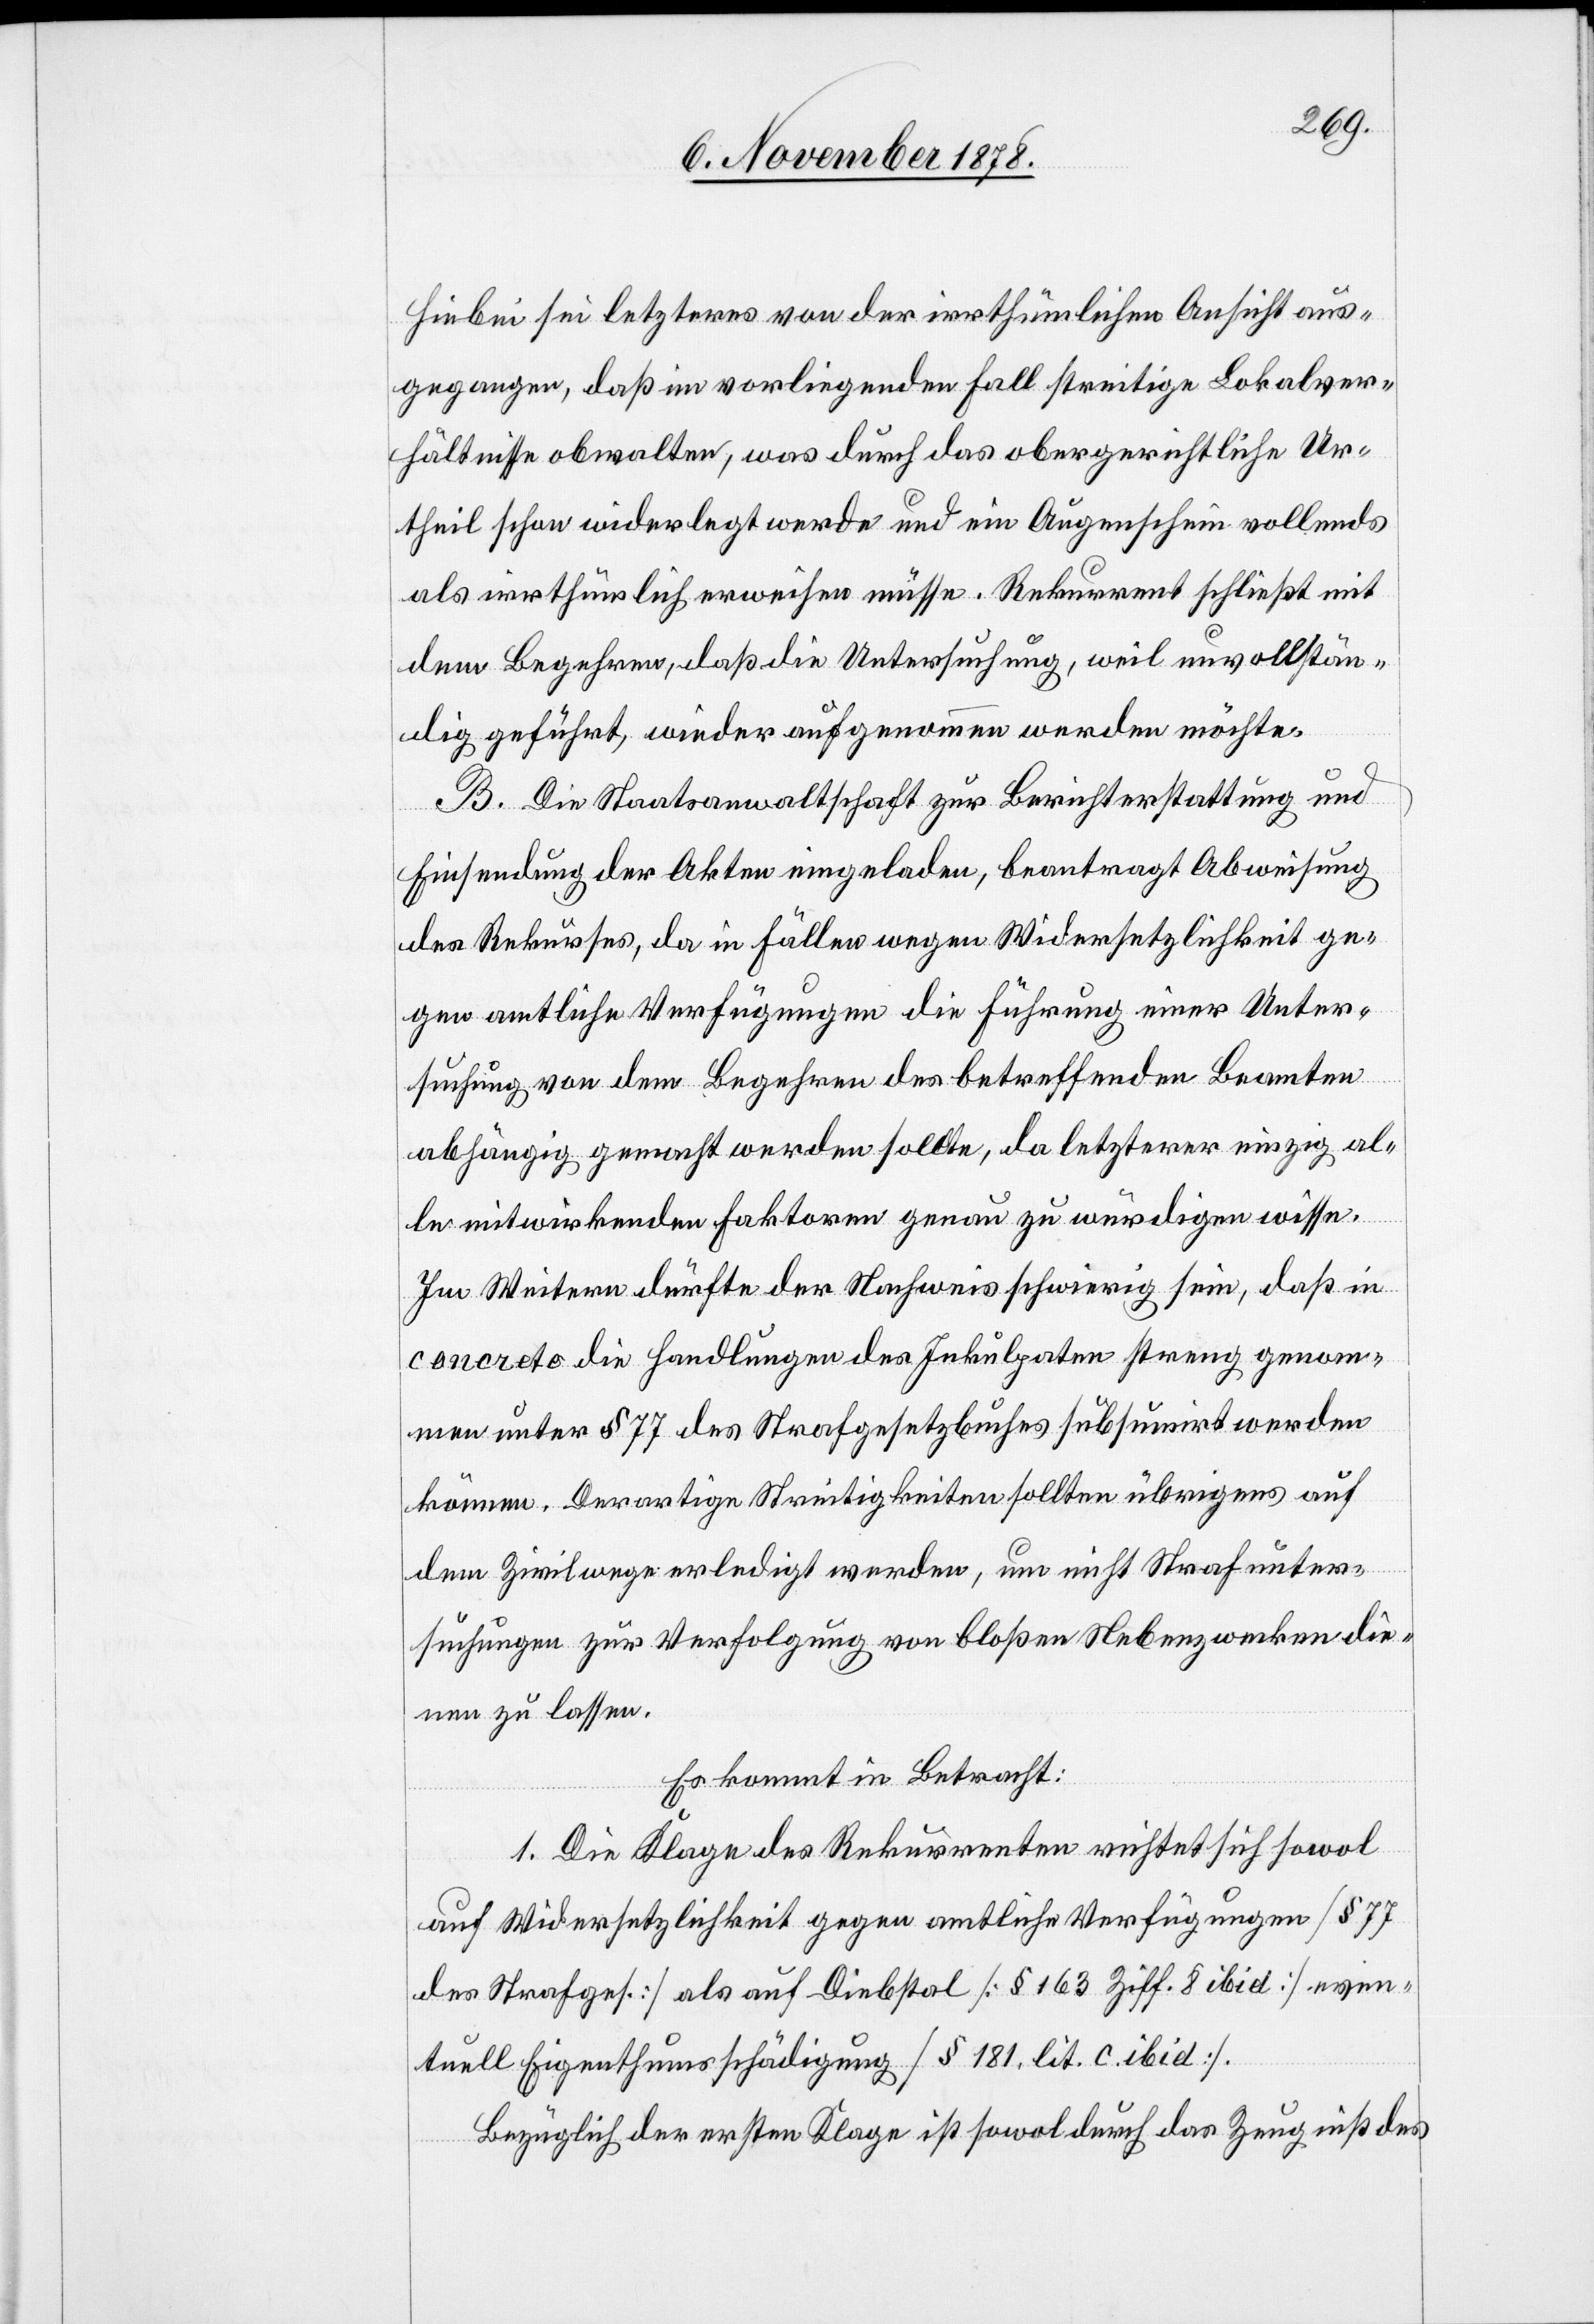
Hiebei sei letzteres von der irrthümlichen Ansicht aus¬
gegangen, daß im vorliegenden Fall streitige Lokalver¬
hältnisse obwalten, was durch das obergerichtliche Ur¬
theil schon widerlegt werde und ein Augenschein vollends
als irrthümlich erweisen müsse. Rekurrent schließt mit
dem Begehren, daß die Untersuchung, weil unvollstän¬
dig geführt, wieder aufgenommen werden möchte.
B. Die Staatsanwaltschaft zur Berichterstattung und
Einsendung der Akten eingeladen, beantragt Abweisung
des Rekurses, da in Fällen wegen Widersetzlichkeit ge¬
gen amtliche Verfügungen die Führung einer Unter¬
suchung von dem Begehren des betreffenden Beamten
abhängig gemacht werden sollte, da letzterer einzig al¬
le mitwirkenden Faktoren genau zu würdigen wisse.
Im Weitern dürfte der Nachweis schwierig sein, daß in
concreto die Handlungen des Inkulpaten streng genom¬
men unter § 77 des Strafgesetzbuches subsumirt werden
können. Derartige Streitigkeiten sollten übrigens auf
dem Zivilwege erledigt werden, um nicht Strafunter¬
suchungen zur Verfolgung von bloßen Nebenzwecken die¬
nen zu lassen.
Es kommt in Betracht:
1. Die Klage des Rekurrenten richtet sich sowol
auf Widersetzlichkeit gegen amtliche Verfügungen [§ 77
des Strafges.] als auf Diebstal [§ 163 Ziff. 8 ibid] even¬
tuell Eigenthumsschädigung [§ 181 lit. c. ibid].
Bezüglich der ersten Klage ist sowol durch das Zeugniß des